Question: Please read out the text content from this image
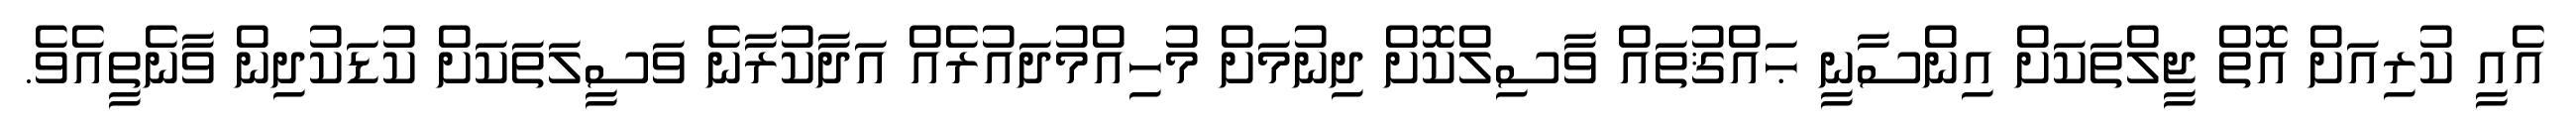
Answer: އެއީ ކުރިއަށް އޮތް ޖީލްތަކަށް އިންސާނީ ޙައްޤުތައް ވާސިލްކޮށް ދިނުމަށް މުހިއްމުދައުރެއް އަދާކުރާނެ ވަސީލަތަކަށް ކުޑަކުދިން ވާނެތީއެވެ.